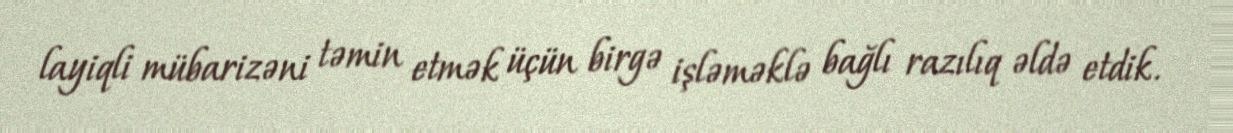
layiqli mübarizəni təmin etmək üçün birgə işləməklə bağlı razılıq əldə etdik.